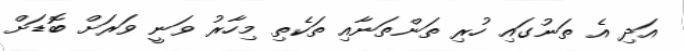
އަދި އެ ތަނުގައި ހުރި ތަންތަނާއި ތަކެތި މިހާރު ވަނީ ވަރަށް ބޮޑަށް